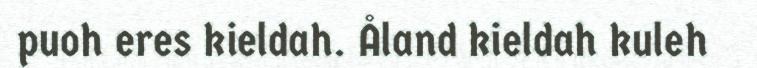
puoh eres kieldah. Åland kieldah kuleh